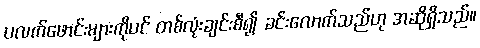
ပလက်ဖောင်းများကိုပင် တစ်လုံးချင်းစီ၍ ခင်းလောက်သည်ဟု အဆိုရှိသည်။